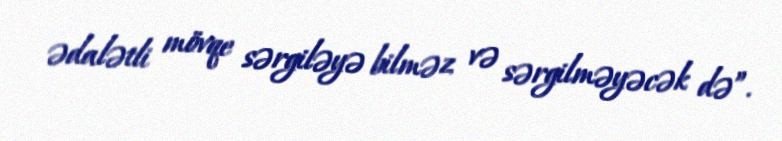
ədalətli mövqe sərgiləyə bilməz və sərgilməyəcək də”.